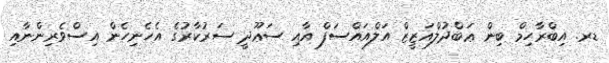
ޑރ. އިބްރާހިމް ބިން ޢަބްދުލްއަޒީޒް އަލްއައްސަފް އާއި ސަޢޫދީ ސަރުކާރުގެ އެހެނިހެން އިސްވެރިންނާއި